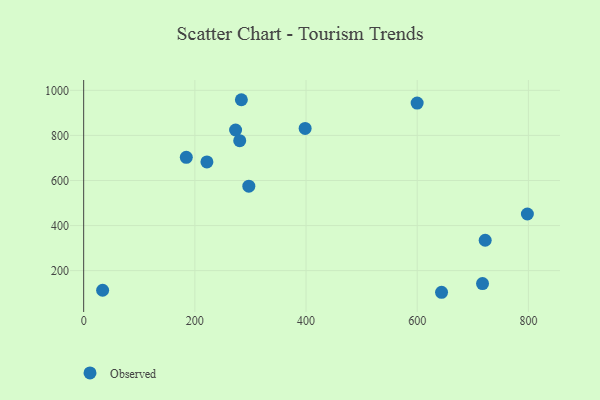
{"axis": {"x": "Investment", "y": "Exam Score"}, "legend": ["Observed"], "data": [{"x": "798.2", "y": 451.3, "type": "Observed"}, {"x": "221.7", "y": 682.4, "type": "Observed"}, {"x": "398.4", "y": 831.1, "type": "Observed"}, {"x": "273.3", "y": 824.1, "type": "Observed"}, {"x": "34.1", "y": 113.0, "type": "Observed"}, {"x": "283.7", "y": 958.4, "type": "Observed"}, {"x": "599.9", "y": 943.7, "type": "Observed"}, {"x": "717.5", "y": 142.5, "type": "Observed"}, {"x": "297.1", "y": 574.7, "type": "Observed"}, {"x": "280.7", "y": 776.8, "type": "Observed"}, {"x": "643.8", "y": 104.0, "type": "Observed"}, {"x": "722.3", "y": 334.8, "type": "Observed"}, {"x": "184.6", "y": 702.9, "type": "Observed"}]}